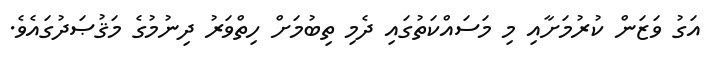
އަގު ވަޒަން ކުރުމަށާއި މި މަސައްކަތުގައި ދެމި ތިބުމަށް ހިތްވަރު ދިނުމުގެ މަޤުޞަދުގައެވެ.